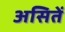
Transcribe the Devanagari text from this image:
असितें